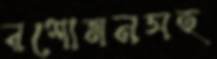
রশোমনসহ